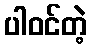
ပါဝင်တဲ့